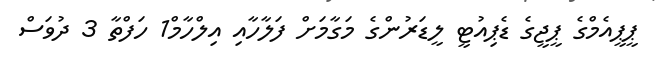
ޕީޕީއެމްގެ ޕީޖީގެ ޑެޕިއުޓީ ލީޑަރުންގެ މަގާމަށް ފަލާހާއި އިލްހާމް1 ހަފްތާ 3 ދުވަސް